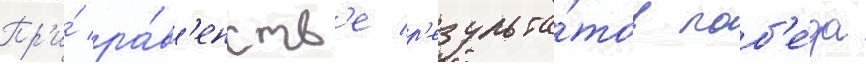
Пр'и́ ра́в'енств'е р'езульта́тов поб'е́да